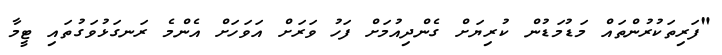
"ފަރިތަކުރުންތައް މަޑުމަޑުން ކުރިޔަށް ގެންދިއުމަށް ފަހު ވަރަށް އަވަހަށް އެންމެ ރަނގަޅުވަގުތައި ޓީމާ